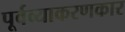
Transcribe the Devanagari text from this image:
पूर्वव्याकरणकार